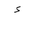
Letter: _hamza